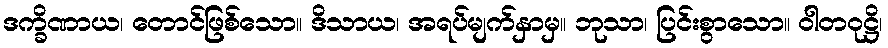
ဒက္ခိဏာယ၊ တောင်ဖြစ်သော။ ဒိသာယ၊ အရပ်မျက်နှာမှ။ ဘုသာ၊ ပြင်းစွာသော။ ဝါတဝုဋ္ဌိ၊